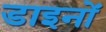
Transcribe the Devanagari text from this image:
डाइनों